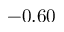
- 0 . 6 0